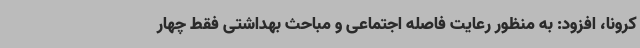
کرونا، افزود: به منظور رعایت فاصله اجتماعی و مباحث بهداشتی فقط چهار